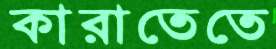
কারাতেতে